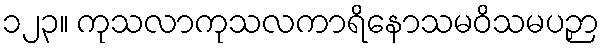
၁၂၃။ ကုသလာကုသလကာရိနောသမဝိသမပဉှာ